341_110677_Numerical_File,_5-2500
Agency: Department of War
Incident date: 10/14/55
Incident location: Azerbaijan
Page 2
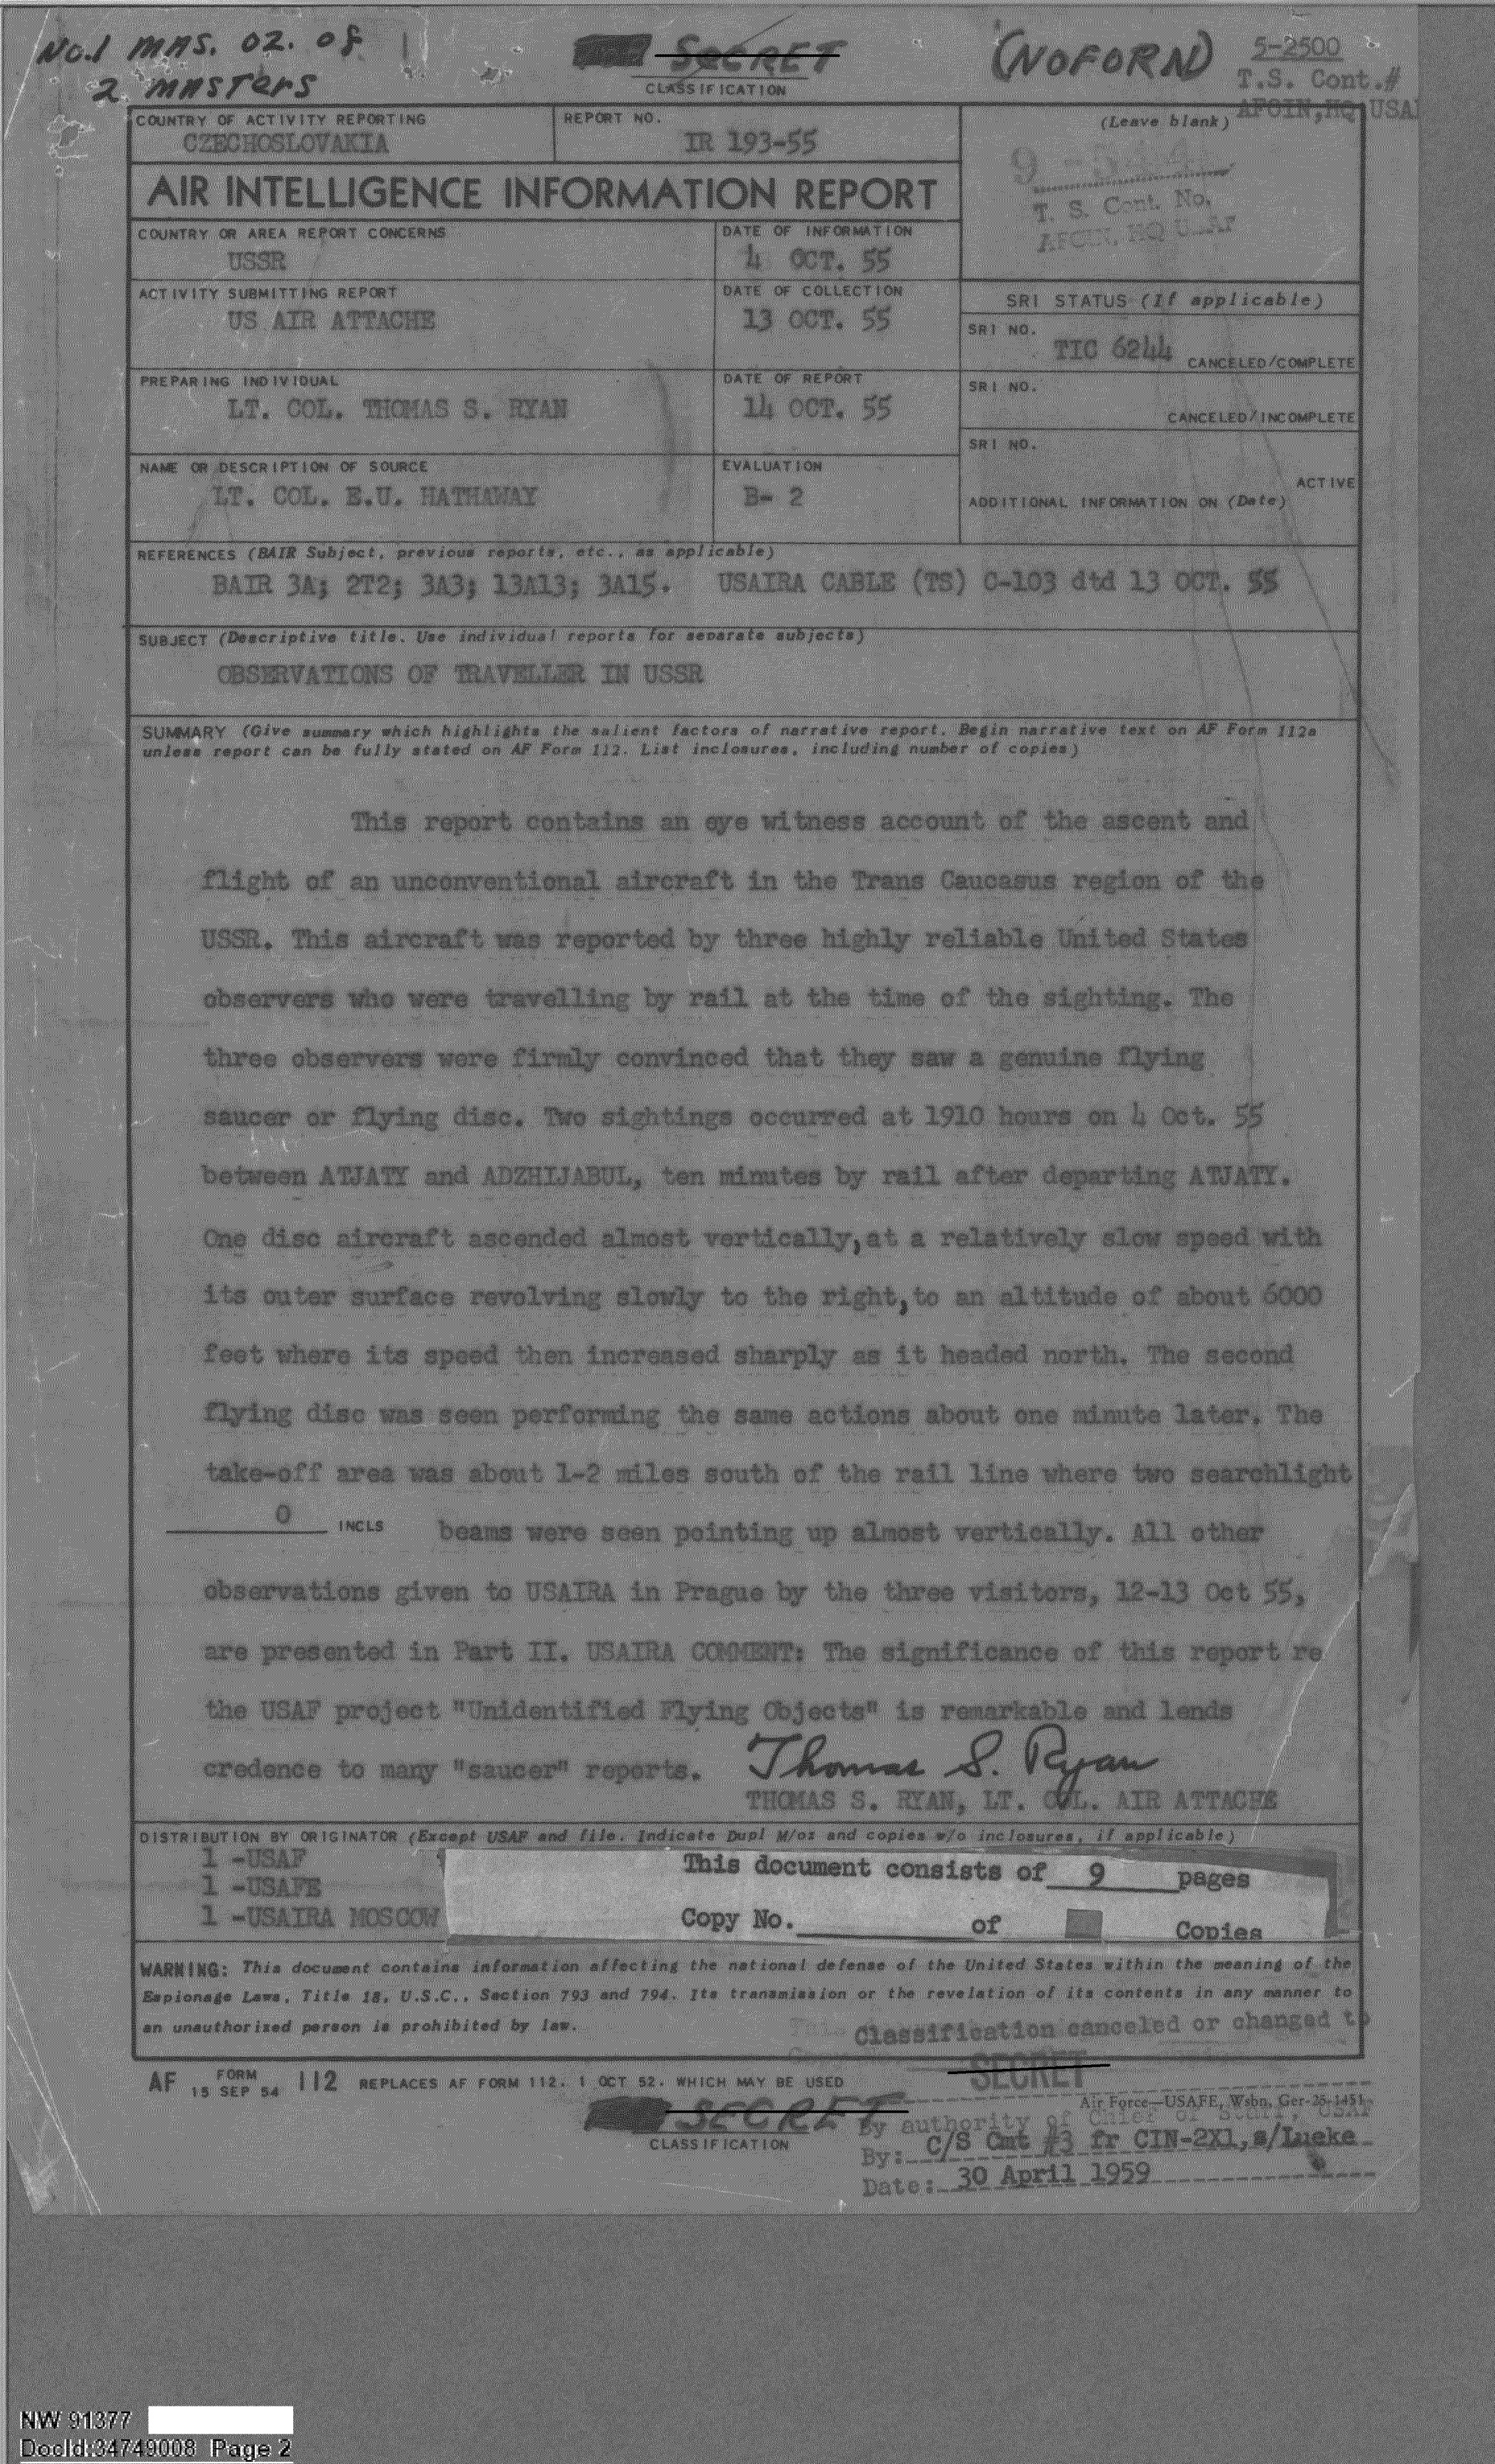